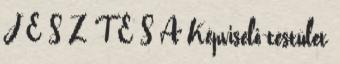
J E S Z T É S A Képviselő-testület